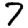
Digit: 7